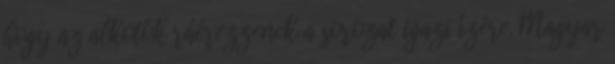
hogy az alkotók ráérezzenek a sorozat igazi ízére. Magyar